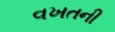
વખતની